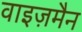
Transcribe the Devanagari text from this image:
वाइज़मैन